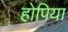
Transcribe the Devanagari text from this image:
होपिया